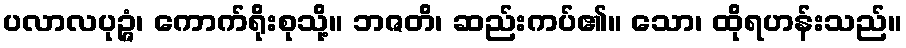
ပလာလပုဉ္ဇံ၊ ကောက်ရိုးစုသို့။ ဘဇတိ၊ ဆည်းကပ်၏။ သော၊ ထိုရဟန်းသည်။